Madras plague regulations in force outside the Presidency town - Volume 3
Disease focus: Plague
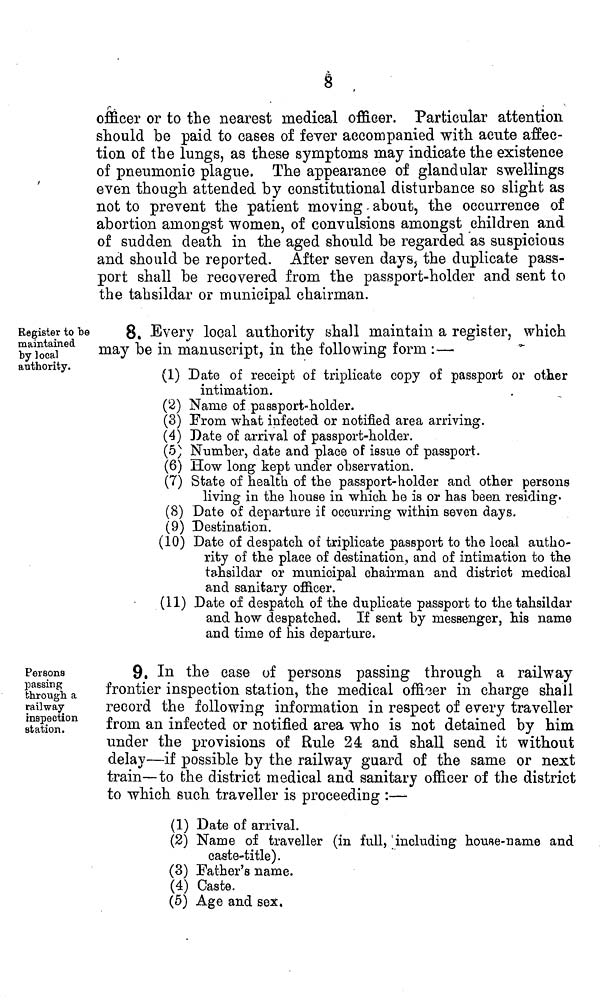
8
officer or to the nearest medical officer. Particular attention
should be paid to cases of fever accompanied with acute affec-
tion of the lungs, as these symptoms may indicate the existence
of pneumonic plague. The appearance of glandular swellings
even though attended by constitutional disturbance so slight as
not to prevent the patient moving - about, the occurrence of
abortion amongst women, of convulsions amongst children and
of sudden death in the aged should be regarded as suspicious
and should be reported. After seven days, the duplicate pass-
port shall be recovered from the passport-holder and sent to
the tahsildar or municipal chairman.
Register to be
maintained
by local
authority.
8. Every local authority shall maintain a register, which
may be in manuscript, in the following form :—
(1) Date of receipt of triplicate copy of passport or other
intimation.
(2) Name of passport-holder.
(3) From what infected or notified area arriving.
(4) Date of arrival of passport-holder.
(5) Number, date and place of issue of passport.
(6) How long kept under observation.
(7) State of health of the passport-holder and other persons
living in the house in which he is or has been residing.
(8) Date of departure if occurring within seven days.
(9) Destination.
(10) Date of despatch of triplicate passport to the local autho
rity of the place of destination, and of intimation to the
tahsildar or municipal chairman and district medical
and sanitary officer.
(11) Date of despatch of the duplicate passport to the tahsildar
and how despatched. If sent by messenger, Ms name
and time of his departure.
Persons
passing
through, a
railway
inspection
station.
9, In the case of persons passing through a railway
frontier inspection station, the medical officer in charge shall
record the following information in respect of every traveller
from an infected or notified area who is not detained by him
under the provisions of Rule 24 and shall send it without
delay—if possible by the railway guard of the same or next
train—to the district medical and sanitary officer of the district
to which such traveller is proceeding :—
(1) Date of arrival.
(2) Name of traveller (in full, including house-name and
caste-title).
(3) Father's name.
(4) Caste.
(5) Age and sex.